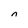
Character: n